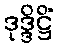
ဒုဒ္ဒိဋ္ဌိံ